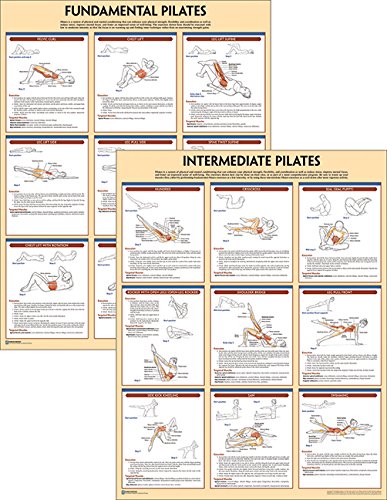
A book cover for Pilates Anatomy Poster Series; Human Kinetics; Health, Fitness & Dieting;